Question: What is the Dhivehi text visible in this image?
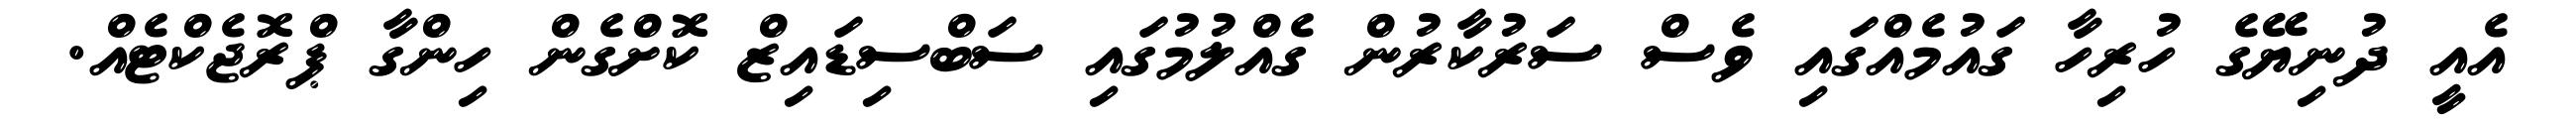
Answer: އެއީ ދުނިޔޭގެ ހުރިހާ ގައުމެއްގައި ވެސް ސަރުކާރުން ގެއްލުމުގައި ސަބްސިޑައިޒް ކޮށްގެން ހިންގާ ޕްރޮޖެކްޓެއް.